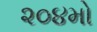
૨૦૪મો